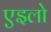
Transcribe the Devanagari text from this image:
एइलो